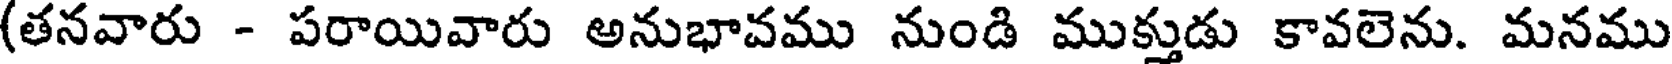
(తనవారు - పరాయివారు అనుభావము నుండి ముక్తుడు కావలెను. మనము